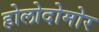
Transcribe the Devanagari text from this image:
होलोदोमोर